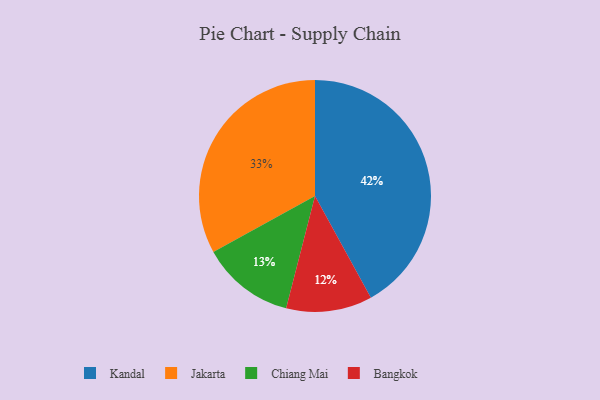
{"axis": {"x": "Category", "y": "Percentage"}, "legend": ["Bangkok", "Chiang Mai", "Jakarta", "Kandal"], "data": [{"x": "Kandal", "y": 42, "type": "Kandal"}, {"x": "Chiang Mai", "y": 13, "type": "Chiang Mai"}, {"x": "Jakarta", "y": 33, "type": "Jakarta"}, {"x": "Bangkok", "y": 12, "type": "Bangkok"}]}